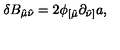
\delta B _ { \hat { \mu } \hat { \nu } } = 2 \phi _ { [ \hat { \mu } } \partial _ { \hat { \nu } ] } a ,